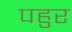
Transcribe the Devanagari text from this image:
पहुर